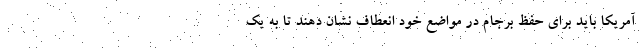
آمریکا باید برای حفظ برجام در مواضع خود انعطاف نشان دهند تا به یک